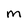
Character: M